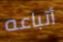
أتباعه